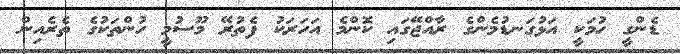
ޑެންގީ ހުމަކީ އަޅުގަނޑުމެންގެ ރާއްޖޭގައި ކޮންމެ އަހަރަކު ފެތުރޭ މޫސުމީ ހުންތަކުގެ ތެރެއިން